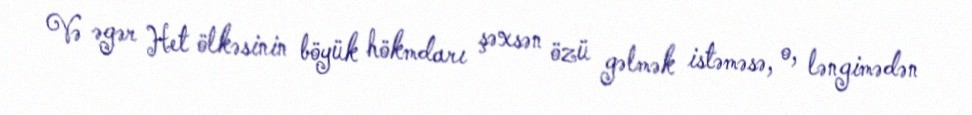
Və əgər Het ölkəsinin böyük hökmdarı şəxsən özü gəlmək istəməsə, o, ləngimədən